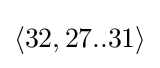
\langle 32,27..31\rangle